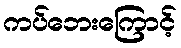
ကပ်ဘေးကြောင့်